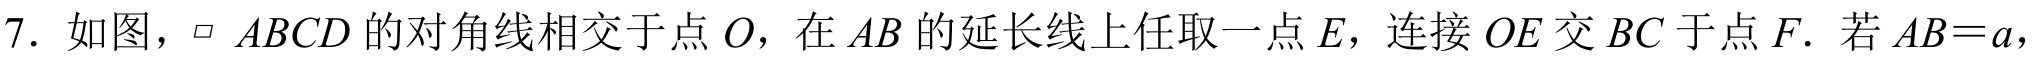
7. 如图，\(\parallelogram\ ABCD\)的对角线相交于点\(O\)，在\(AB\)的延长线上任取一点\(E\)，连接\(OE\)交\(BC\)于点\(F\). 若\(AB = a\)，